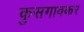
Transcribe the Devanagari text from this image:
कुसगावकर